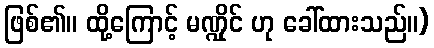
ဖြစ်၏။ ထို့ကြောင့် မဏ္ဍိုင် ဟု ခေါ်ထားသည်။)